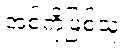
အစ်ကိုဖြစ်သူ